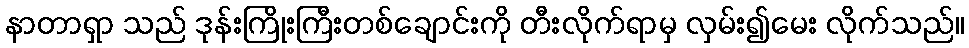
နာတာရှာ သည် ဒုန်းကြိုးကြီးတစ်ချောင်းကို တီးလိုက်ရာမှ လှမ်း၍မေး လိုက်သည်။